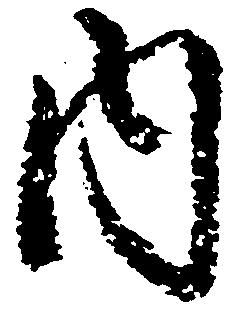
内